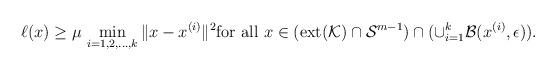
LaTeX: \begin{align*}\ell(x) \geq \mu\, \min_{i=1,2,\ldots,k}\|x-x^{(i)}\|^2\textup{for all $x\in(\textup{ext}(\mathcal{K})\cap \mathcal{S}^{m-1}) \cap (\cup_{i=1}^{k}\mathcal{B}(x^{(i)},\epsilon))$}.\end{align*}